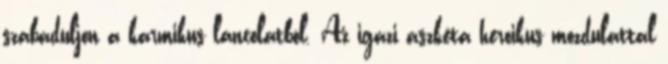
szabaduljon a karmikus láncolatból. Az igazi aszkéta heroikus mozdulattal